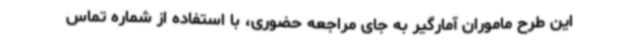
این طرح ماموران آمارگیر به جای مراجعه حضوری، با استفاده از شماره تماس